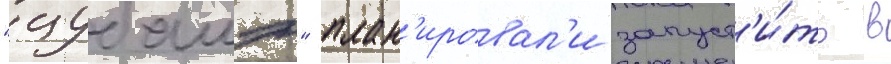
"цубамэ" план'ировал'и запуст'и́ть в